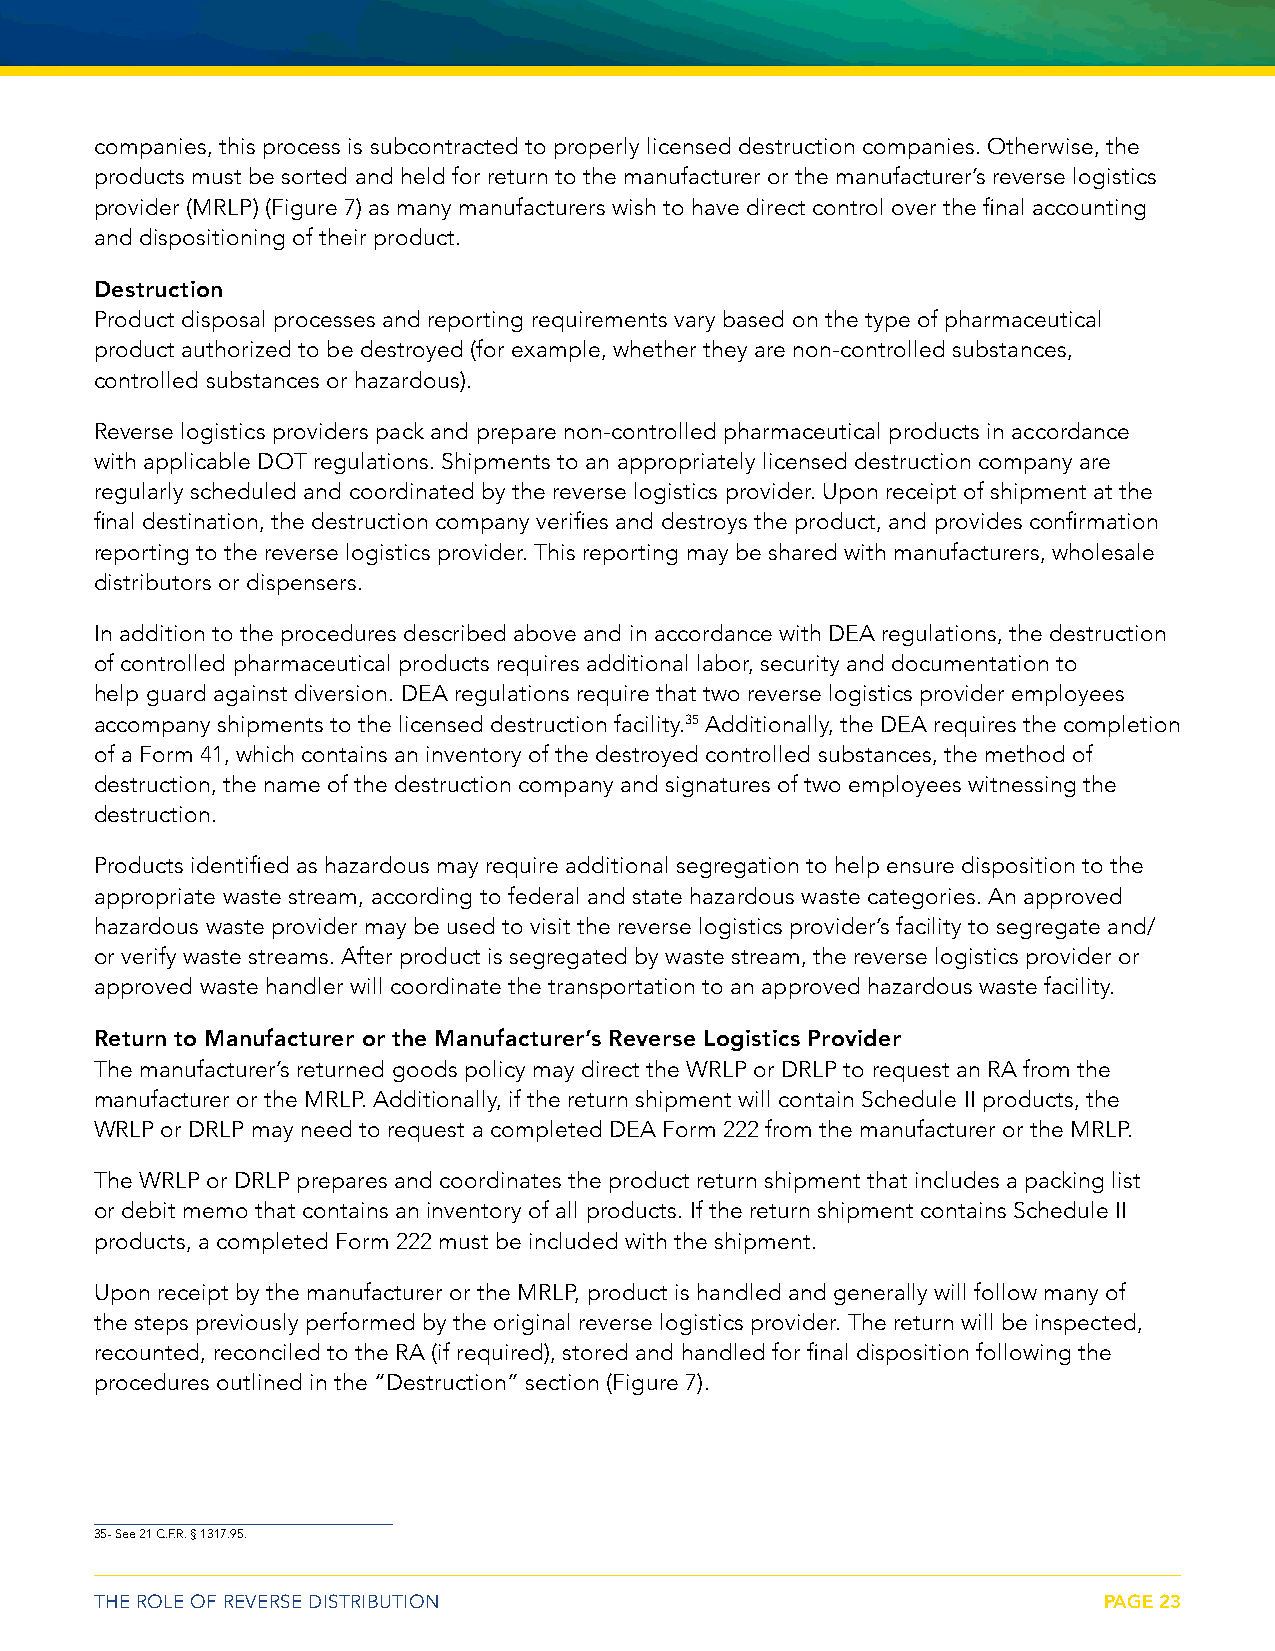
companies, this process is subcontracted to properly licensed destruction companies. Otherwise, the
 products must be sorted and held for return to the manufacturer or the manufacturer’s reverse logistics
 provider (MRLP) (Figure 7) as many manufacturers wish to have direct control over the final accounting
 and dispositioning of their product.
 Destruction
 Product disposal processes and reporting requirements vary based on the type of pharmaceutical
 product authorized to be destroyed (for example, whether they are non-controlled substances,
 controlled substances or hazardous).
 Reverse logistics providers pack and prepare non-controlled pharmaceutical products in accordance
 with applicable DOT regulations. Shipments to an appropriately licensed destruction company are
 regularly scheduled and coordinated by the reverse logistics provider. Upon receipt of shipment at the
 final destination, the destruction company verifies and destroys the product, and provides confirmation
 reporting to the reverse logistics provider. This reporting may be shared with manufacturers, wholesale
 distributors or dispensers.
 In addition to the procedures described above and in accordance with DEA regulations, the destruction
 of controlled pharmaceutical products requires additional labor, security and documentation to
 help guard against diversion. DEA regulations require that two reverse logistics provider employees
 accompany shipments to the licensed destruction facility.35 Additionally, the DEA requires the completion
 of a Form 41, which contains an inventory of the destroyed controlled substances, the method of
 destruction, the name of the destruction company and signatures of two employees witnessing the
 destruction.
 Products identified as hazardous may require additional segregation to help ensure disposition to the
 appropriate waste stream, according to federal and state hazardous waste categories. An approved
 hazardous waste provider may be used to visit the reverse logistics provider’s facility to segregate and/
 or verify waste streams. After product is segregated by waste stream, the reverse logistics provider or
 approved waste handler will coordinate the transportation to an approved hazardous waste facility.
 Return to Manufacturer or the Manufacturer’s Reverse Logistics Provider
 The manufacturer’s returned goods policy may direct the WRLP or DRLP to request an RA from the
 manufacturer or the MRLP. Additionally, if the return shipment will contain Schedule II products, the
 WRLP or DRLP may need to request a completed DEA Form 222 from the manufacturer or the MRLP.
 The WRLP or DRLP prepares and coordinates the product return shipment that includes a packing list
 or debit memo that contains an inventory of all products. If the return shipment contains Schedule II
 products, a completed Form 222 must be included with the shipment.
 Upon receipt by the manufacturer or the MRLP, product is handled and generally will follow many of
 the steps previously performed by the original reverse logistics provider. The return will be inspected,
 recounted, reconciled to the RA (if required), stored and handled for final disposition following the
 procedures outlined in the “Destruction” section (Figure 7).
 35- See 21 C.F.R. § 1317.95.
 THE ROLE OF REVERSE DISTRIBUTION                                   PAGE 23